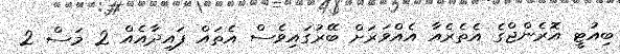
ބިއުޓީ އޮރެންޖްގެ އެތެރެއާ އެއްވަރަށް ބޭރުގައިވެސް އެތައް ފައިދާއެއް 2 މަސް 2